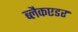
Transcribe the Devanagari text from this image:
ब्लैकएडर